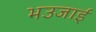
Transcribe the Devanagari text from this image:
भउजाई